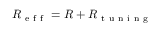
R _ { \mathrm { ~ e ~ f ~ f ~ } } = R + R _ { \mathrm { ~ t ~ u ~ n ~ i ~ n ~ g ~ } }